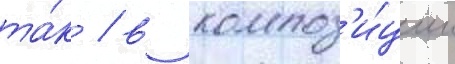
та́к / в композ'и́ции